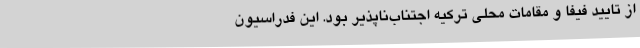
از تایید فیفا و مقامات محلی ترکیه اجتناب‌ناپذیر بود. این فدراسیون